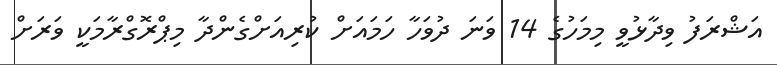
އަޝްރަފު ވިދާޅުވީ މިމަހުގެ 14 ވަނަ ދުވަހާ ހަމައަށް ކުރިއަށްގެންދާ މިޕްރޮގްރާމަކީ ވަރަށް